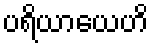
ပရိယာယေဟိ